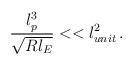
LaTeX: \begin{align*}\frac{l_{p}^{3}}{\sqrt{Rl_{E}}}<<l_{unit}^{2}\,.\end{align*}